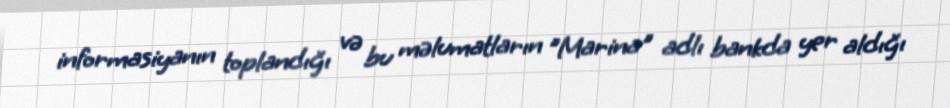
informasiyanın toplandığı və bu məlumatların "Marina" adlı bankda yer aldığı